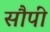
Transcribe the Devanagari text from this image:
सौपीं